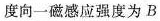
度向一磁感应强度为 B